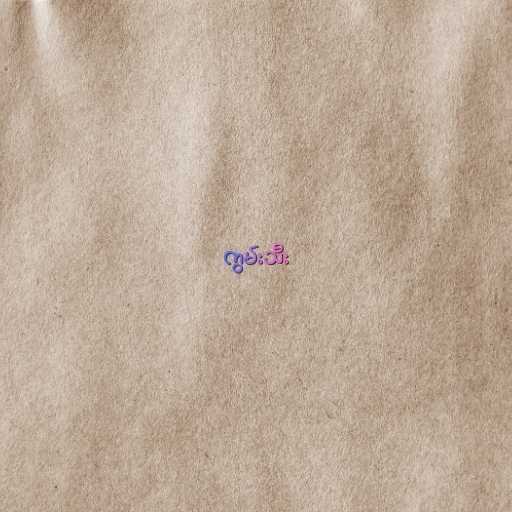
ကွမ်းသီး